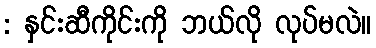
: နှင်းဆီကိုင်းကို ဘယ်လို လုပ်မလဲ။